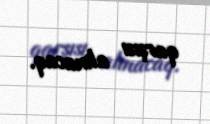
qarşısı alınacaq.